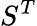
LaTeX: S^{T}